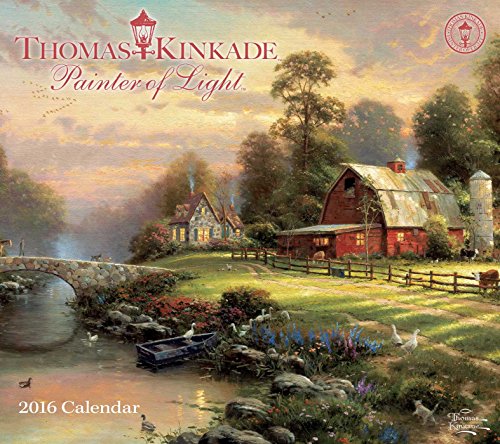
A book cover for Thomas Kinkade Painter of Light 2016 Deluxe Wall Calendar; Thomas Kinkade; Calendars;